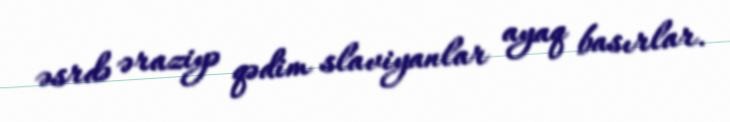
əsrdə əraziyə qədim slaviyanlar ayaq basırlar.